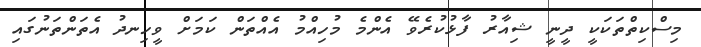
މިސްކިތްތަކަކީ ދީނީ ޝިއާރު ފާޅުކުރެވޭ އެންމެ މުހިއްމު އެއްތަން ކަމަށް ވީހިނދު އެތަންތަނުގައި